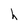
Character: h